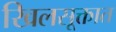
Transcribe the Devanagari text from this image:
खिलसूक्तात